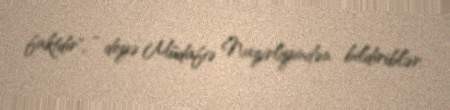
faktdır", - deyə Müdafiə Nazirliyindən bildiriblər.